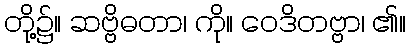
တို့၌။ ဆဗ္ဗိဓတာ၊ ကို။ ဝေဒိတဗ္ဗာ၊ ၏။